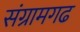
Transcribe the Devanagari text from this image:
संग्रामगढ